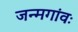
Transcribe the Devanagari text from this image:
जन्मगांवः